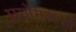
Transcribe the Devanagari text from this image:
प्रयोगकर्त्‍ता